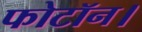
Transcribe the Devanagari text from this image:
फोटॉन।